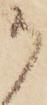
か